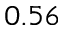
0 . 5 6